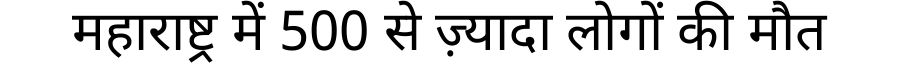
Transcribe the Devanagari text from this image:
महाराष्ट्र में 500 से ज़्यादा लोगों की मौत